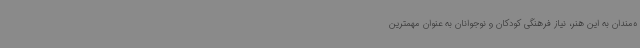
ه‌مندان به این هنر، نیاز فرهنگی کودکان و نوجوانان به عنوان مهمترین